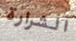
الشرارة